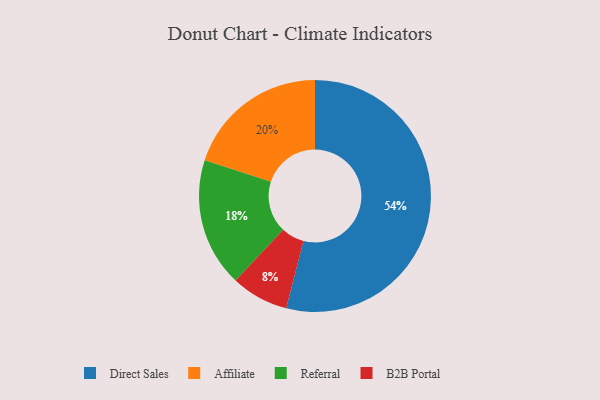
{"axis": {"x": "Category", "y": "Percentage"}, "legend": ["Affiliate", "B2B Portal", "Direct Sales", "Referral"], "data": [{"x": "Referral", "y": 18, "type": "Referral"}, {"x": "Direct Sales", "y": 54, "type": "Direct Sales"}, {"x": "B2B Portal", "y": 8, "type": "B2B Portal"}, {"x": "Affiliate", "y": 20, "type": "Affiliate"}]}